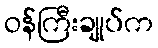
ဝန်ကြီးချုပ်က